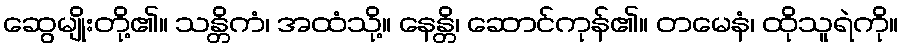
ဆွေမျိုးတို့၏။ သန္တိကံ၊ အထံသို့။ နေန္တိ၊ ဆောင်ကုန်၏။ တမေနံ၊ ထိုသူရဲကို။